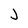
Character: J